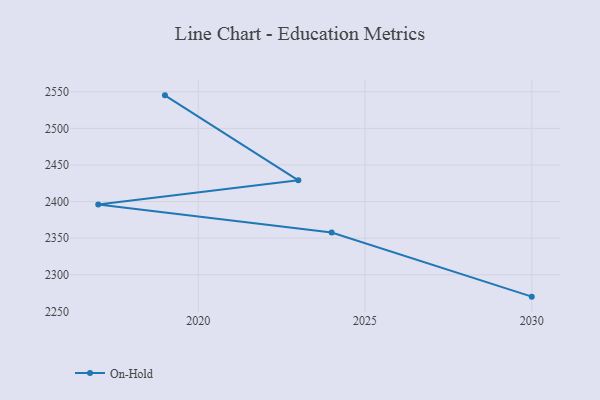
{"axis": {"x": "Year", "y": "Humidity (%)"}, "legend": ["On-Hold"], "data": [{"x": "2030", "y": 2270.1, "type": "On-Hold"}, {"x": "2024", "y": 2357.6, "type": "On-Hold"}, {"x": "2017", "y": 2395.9, "type": "On-Hold"}, {"x": "2023", "y": 2429.0, "type": "On-Hold"}, {"x": "2019", "y": 2545.1, "type": "On-Hold"}]}